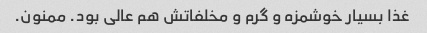
غذا بسیار خوشمزه و گرم و مخلفاتش هم عالی بود. ممنون.